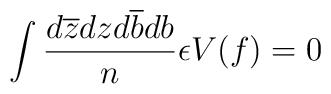
\int \frac{d\overline{z}dzd\overline{b}db}{n}\epsilon V(f)=0